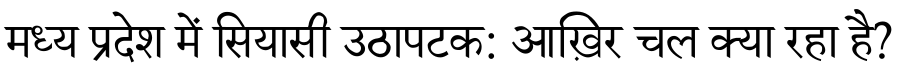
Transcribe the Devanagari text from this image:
मध्य प्रदेश में सियासी उठापटक: आख़िर चल क्या रहा है?